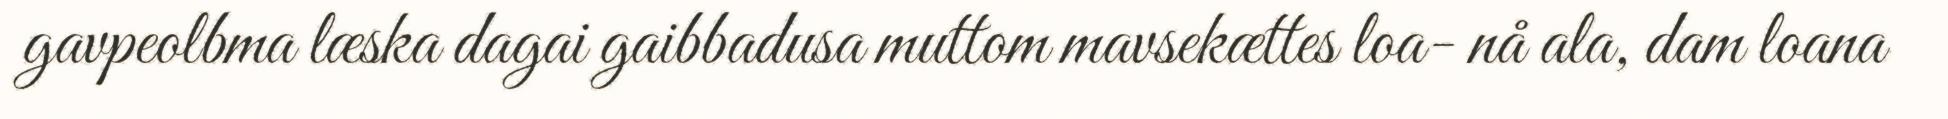
gavpeolbma læska dagai gaibbadusa muttom mavsekættes loa- nå ala, dam loana